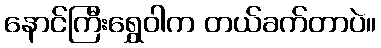
နောင်ကြီးရွှေဝါက တယ်ခက်တာပဲ။